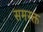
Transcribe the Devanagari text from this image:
समरक्त